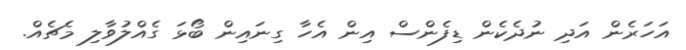
އަހަރެން އަދި ނުދެކެން ޑިފެންސް އިން އެހާ ގިނައިން ބޯޅަ ގެއްލުވާލި މެޗެއް.